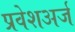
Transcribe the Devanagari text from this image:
प्रवेशअर्ज